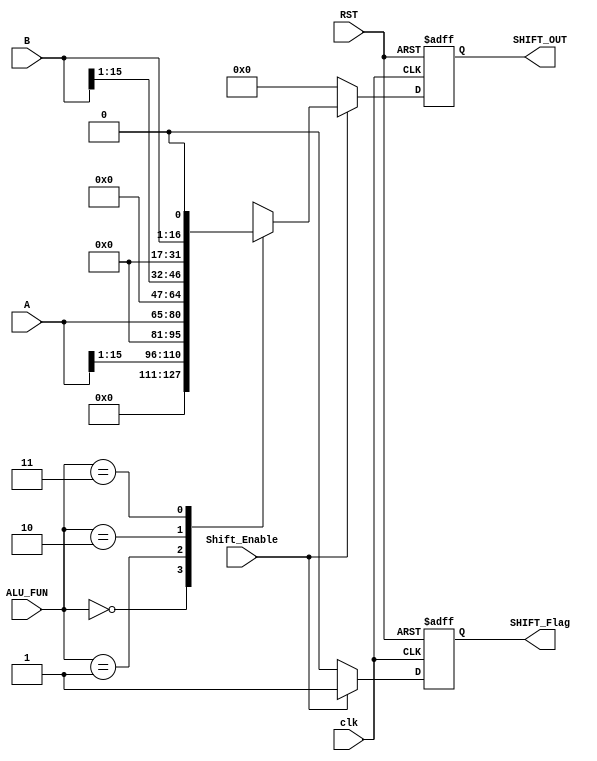
module SHIFT_UNIT #(
	parameter WIDTH  = 16
)
(
    input   wire    [WIDTH - 1 : 0]     A,
    input   wire    [WIDTH - 1 : 0]     B,
    input   wire    [     1    : 0]     ALU_FUN,
    input   wire                        clk,RST,
    input   wire                        Shift_Enable,

    output  reg     [2*WIDTH - 1 : 0]     SHIFT_OUT,
    output  reg                         SHIFT_Flag

);


    always @(posedge clk, negedge RST) begin
        if (!RST) begin
            SHIFT_Flag <= 1'b0;
            SHIFT_OUT <= 'b0;
        end else begin
            if (Shift_Enable) 
                begin
                    SHIFT_Flag <= 1'b1;
                    case (ALU_FUN)
                        2'b00: begin
                            SHIFT_OUT <= A >> 1;
                        end
                        2'b01: begin
                            SHIFT_OUT <= A << 1;
                        end
                        2'b10: begin
                            SHIFT_OUT <= B >> 1;
                        end
                        2'b11: begin
                            SHIFT_OUT <= B << 1;
                        end
                    endcase
                end
            else 
                begin
                    SHIFT_OUT <=  'b0;   //parameterized assignment
                    SHIFT_Flag <= 1'b0;
                end    
            end
        
    end

endmodule